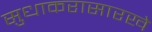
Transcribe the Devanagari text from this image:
सुधाकरासारखे